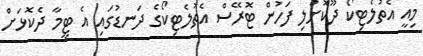
މިއީ އެތުލެޓިކޯ ދޫކޮށްލި ފަހުން ޓޮރޭސް އެތުލެޓިކޯގެ ދަނޑުގައި އެ ޓީމާ ދެކޮޅަށް